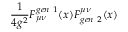
\frac { 1 } { 4 g ^ { 2 } } F _ { \mu \nu } ^ { g e n \ 1 } ( x ) F _ { g e n \ 2 } ^ { \mu \nu } ( x )